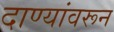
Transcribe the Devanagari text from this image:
दाण्यांवरून